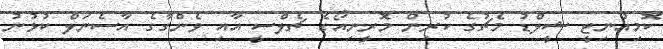
ކޮމިއުނިޓީ ޝީލްޑު މެޗުގެ ކުރިން މޮރީނިއޯގެ ޗެލްސީ އާއި ވެންގާގެ އާސެނަލް ކުޅުނު